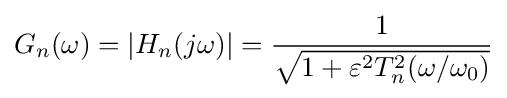
G_{n}(\omega )=\left|H_{n}(j\omega )\right|={\frac {1}{\sqrt {1+\varepsilon ^{2}T_{n}^{2}(\omega /\omega _{0})}}}